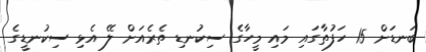
ބަނޑަށް 15 ހަފުތާގައި މައި މީހާގެ ސިކުނޑި ތެރެއަށް ލޭ އެޅި ސިކުނޑީގެ